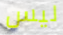
ليس